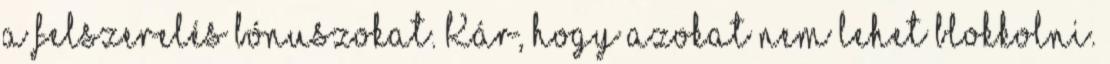
a felszerelés bónuszokat. Kár, hogy azokat nem lehet blokkolni.